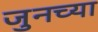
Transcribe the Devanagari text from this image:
जुनच्या